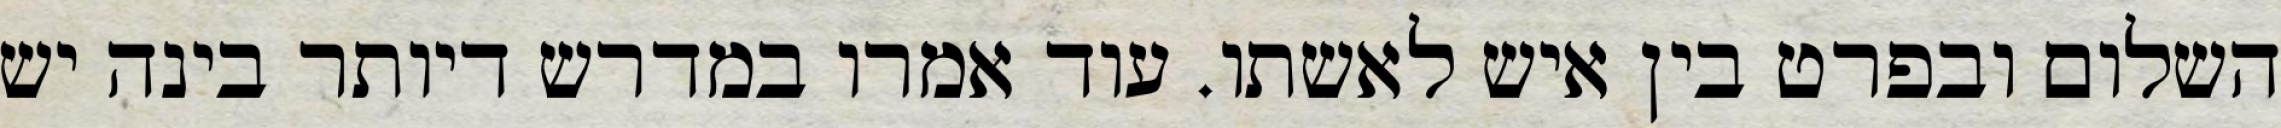
השלום ובפרט בין איש לאשתו. עוד אמרו במדרש דיותר בינה יש